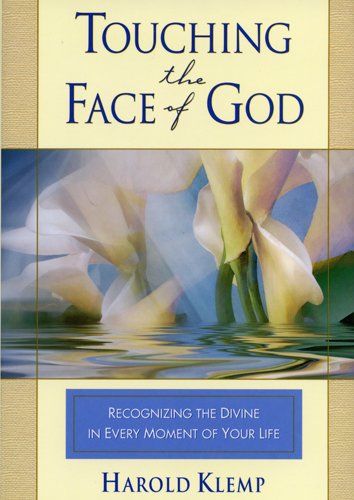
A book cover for Touching the Face of God; Harold Klemp; Religion & Spirituality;